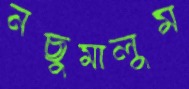
নছুমালুম